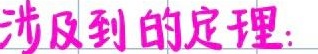
涉及到的定理: